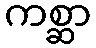
ကစ္ဆာ